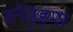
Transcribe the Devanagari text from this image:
ब्लैव़ुड्स